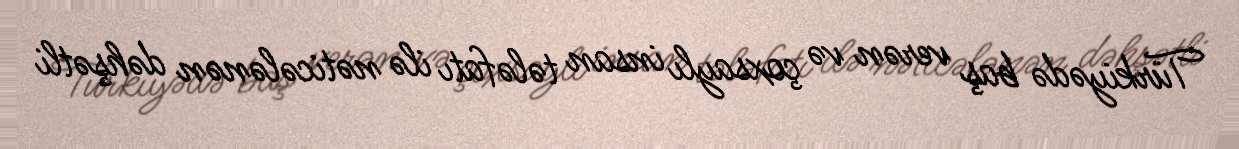
Türkiyədə baş verən və çoxsaylı insan tələfatı ilə nəticələnən dəhşətli